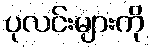
ပုလင်းများကို